Mental hospitals Bombay report 1929-33 - 1929-1933
Year: 1929
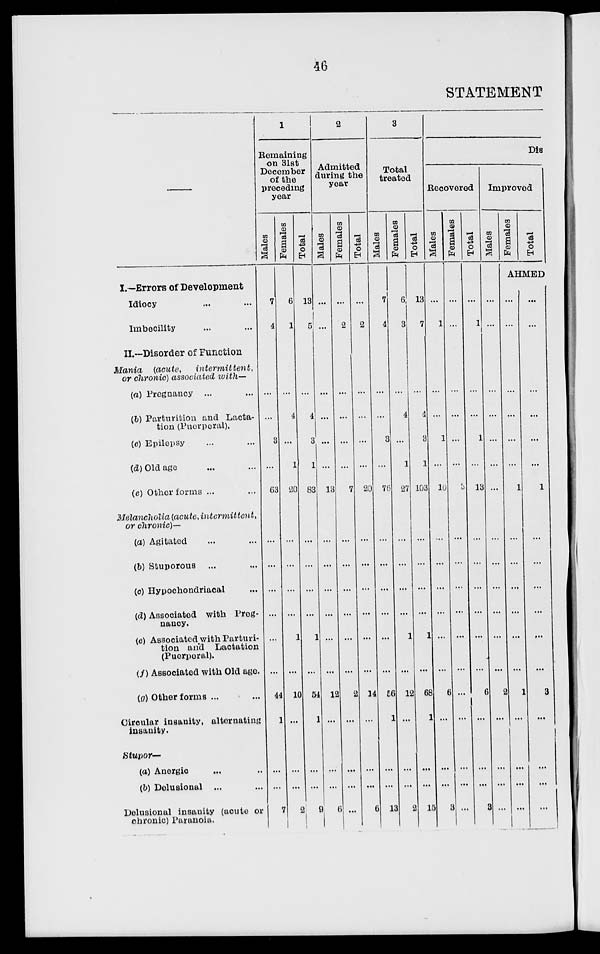
46
STATEMENT
—
I.—Errors of Development
Idiocy ... ...
Imbecility ... ...
II.—Disorder of Function
Mania
(acute,
intermittent,
or chronic) associated with—
(a) Pregnancy ... ...
(b) Parturition and Lacta-
tion (Puerperal).
(c) Epilepsy ... ...
(d) Old age ... ...
(e) Other forms ... ...
Melancholia (acute,
intermittent,
or chronic)—
(a) Agitated ... ...
(b) Stuporous ... ...
(c) Hypochondriacal ...
(d) Associated with Preg-
nancy.
(e) Associated with Parturi-
tion and Lactation
(Puerperal).
(f) Associated with Old age.
(g) Other forms ... ...
Circular insanity, alternating
insanity.
Stupor—
(a) Anergic ... ...
(b) Delusional ... ...
Delusional insanity (acute or
chronic) Paranoia.
1
Remaining
on 31st
December
of the
preceding
year
Males
7
4
...
...
3
...
63
...
...
...
...
...
...
44
1
...
...
7
Females
6
1
...
4
...
1
20
...
...
...
...
l
...
10
...
...
...
2
Total
13
5
...
4
3
1
83
...
...
...
...
1
...
54
1
...
...
9
2
Admitted
during the
year
Males
...
...
...
...
...
...
13
...
...
...
...
...
...
12
...
...
...
6
Females
...
2
...
...
...
...
7
...
...
...
...
...
...
2
...
...
...
...
Total
...
2
...
...
...
...
20
...
...
...
...
...
...
14
...
...
...
6
3
Total
treated
Males
7
4
...
...
3
...
76
...
...
...
...
...
...
56
1
...
...
13
Females
6
3
...
4
...
1
27
...
...
...
...
1
...
12
...
...
...
2
Total
13
7
...
4
3
1
103
...
...
...
...
1
...
68
1
...
...
15
Dis-
Recovered
Males
...
1
...
...
1
...
10
...
...
...
...
...
...
6
...
...
...
3
Females
...
...
...
...
...
...
3
...
...
...
...
...
...
...
...
...
...
...
Total
...
1
...
...
1
...
13
...
...
...
...
...
...
6
...
...
...
3
Improved
Males
...
...
...
...
...
...
...
...
...
...
...
...
...
2
...
...
...
...
Females
Total
AHMED
...
...
...
...
...
...
1
...
...
...
...
...
...
1
...
...
...
...
...
...
...
...
...
...
1
...
...
...
...
...
...
3
...
...
...
...